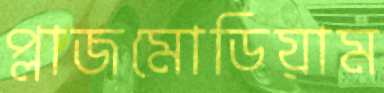
প্লাজমোডিয়াম